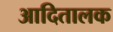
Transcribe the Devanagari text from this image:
आदितालक